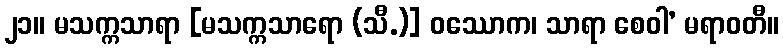
၂၁။ မသက္ကသာရာ [မသက္ကသာရော (သီ.)] ဝဿောက၊ သာရာ စေဝါ’ မရာဝတီ။